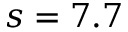
s = 7 . 7